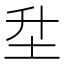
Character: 𡉼